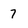
Character: 7